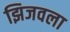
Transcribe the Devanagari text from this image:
झिजवला